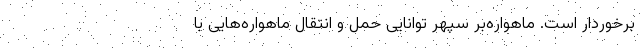
برخوردار است. ماهواره‌بر سپهر توانایی حمل و انتقال ماهواره‌هایی با